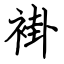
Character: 褂